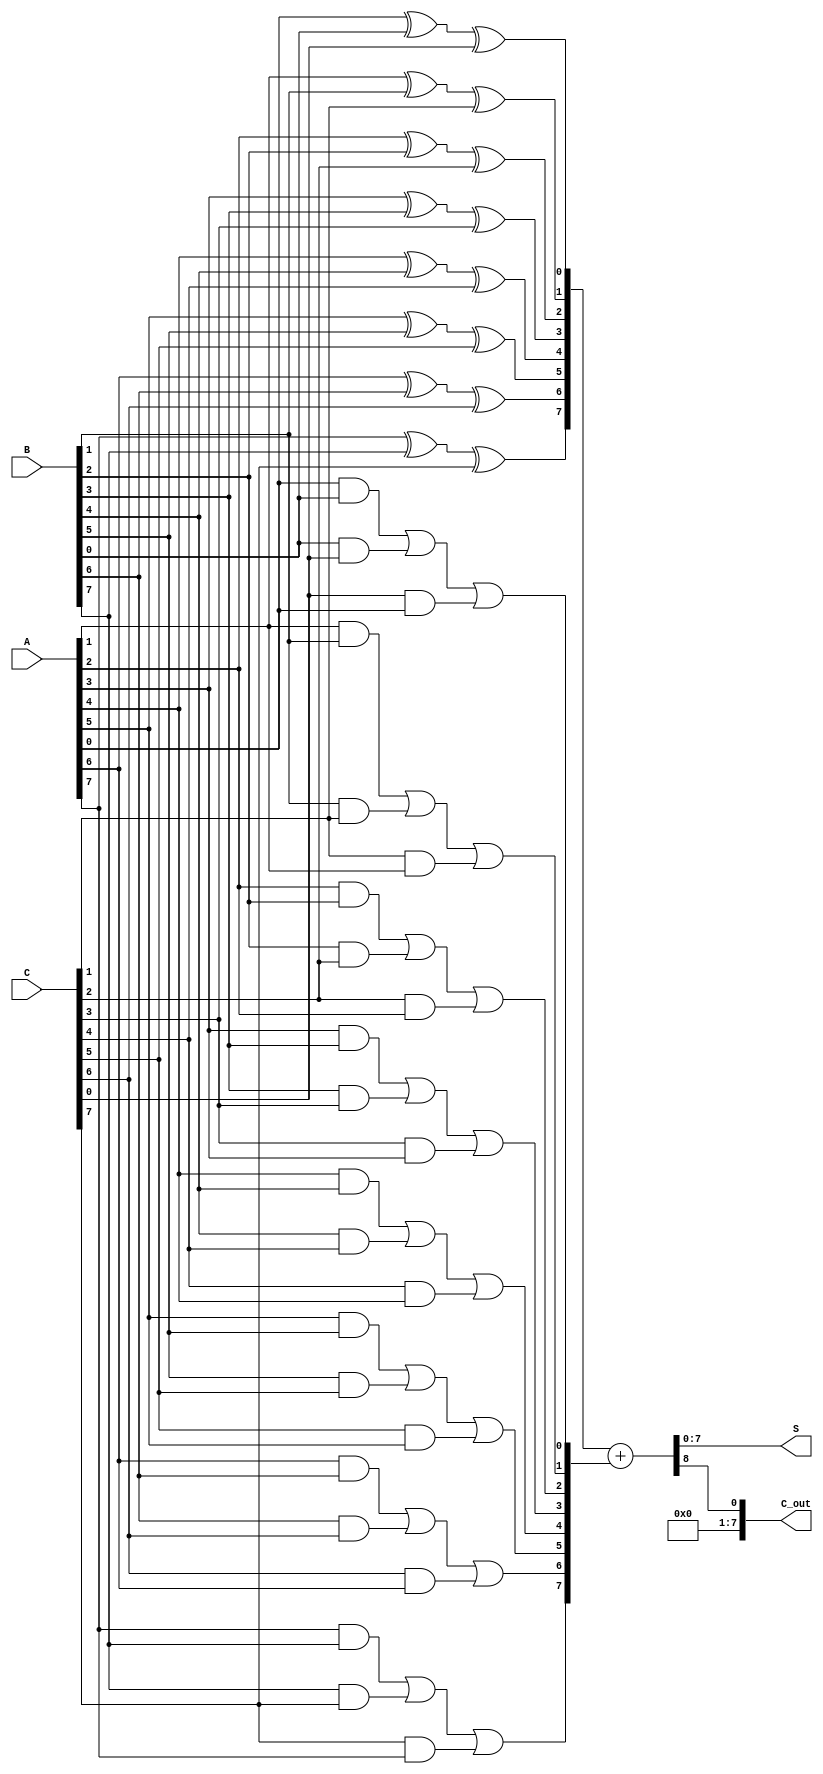
module carry_save_adder #(
    parameter N = 8 // Width of the operands
)(
    input  [N-1:0] A, // First operand
    input  [N-1:0] B, // Second operand
    input  [N-1:0] C, // Third operand
    output [N-1:0] S, // Sum output
    output [N-1:0] C_out // Carry output
);

    wire [N-1:0] sum; // Intermediate sum
    wire [N-1:0] carry; // Intermediate carry

    // Full adder logic for three inputs
    genvar i;
    generate
        for (i = 0; i < N; i = i + 1) begin : full_adder
            // Full adder for each bit
            assign sum[i] = A[i] ^ B[i] ^ C[i]; // Sum bit
            assign carry[i] = (A[i] & B[i]) | (B[i] & C[i]) | (C[i] & A[i]); // Carry bit
        end
    endgenerate

    // Final stage to combine sum and carry
    wire [N:0] final_sum; // To hold the final sum with carry
    assign final_sum = {1'b0, sum} + {1'b0, carry}; // Adding carry to sum

    // Assign outputs
    assign S = final_sum[N-1:0]; // Final sum output
    assign C_out = final_sum[N]; // Final carry output

endmodule